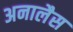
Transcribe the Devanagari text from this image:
अनालैस